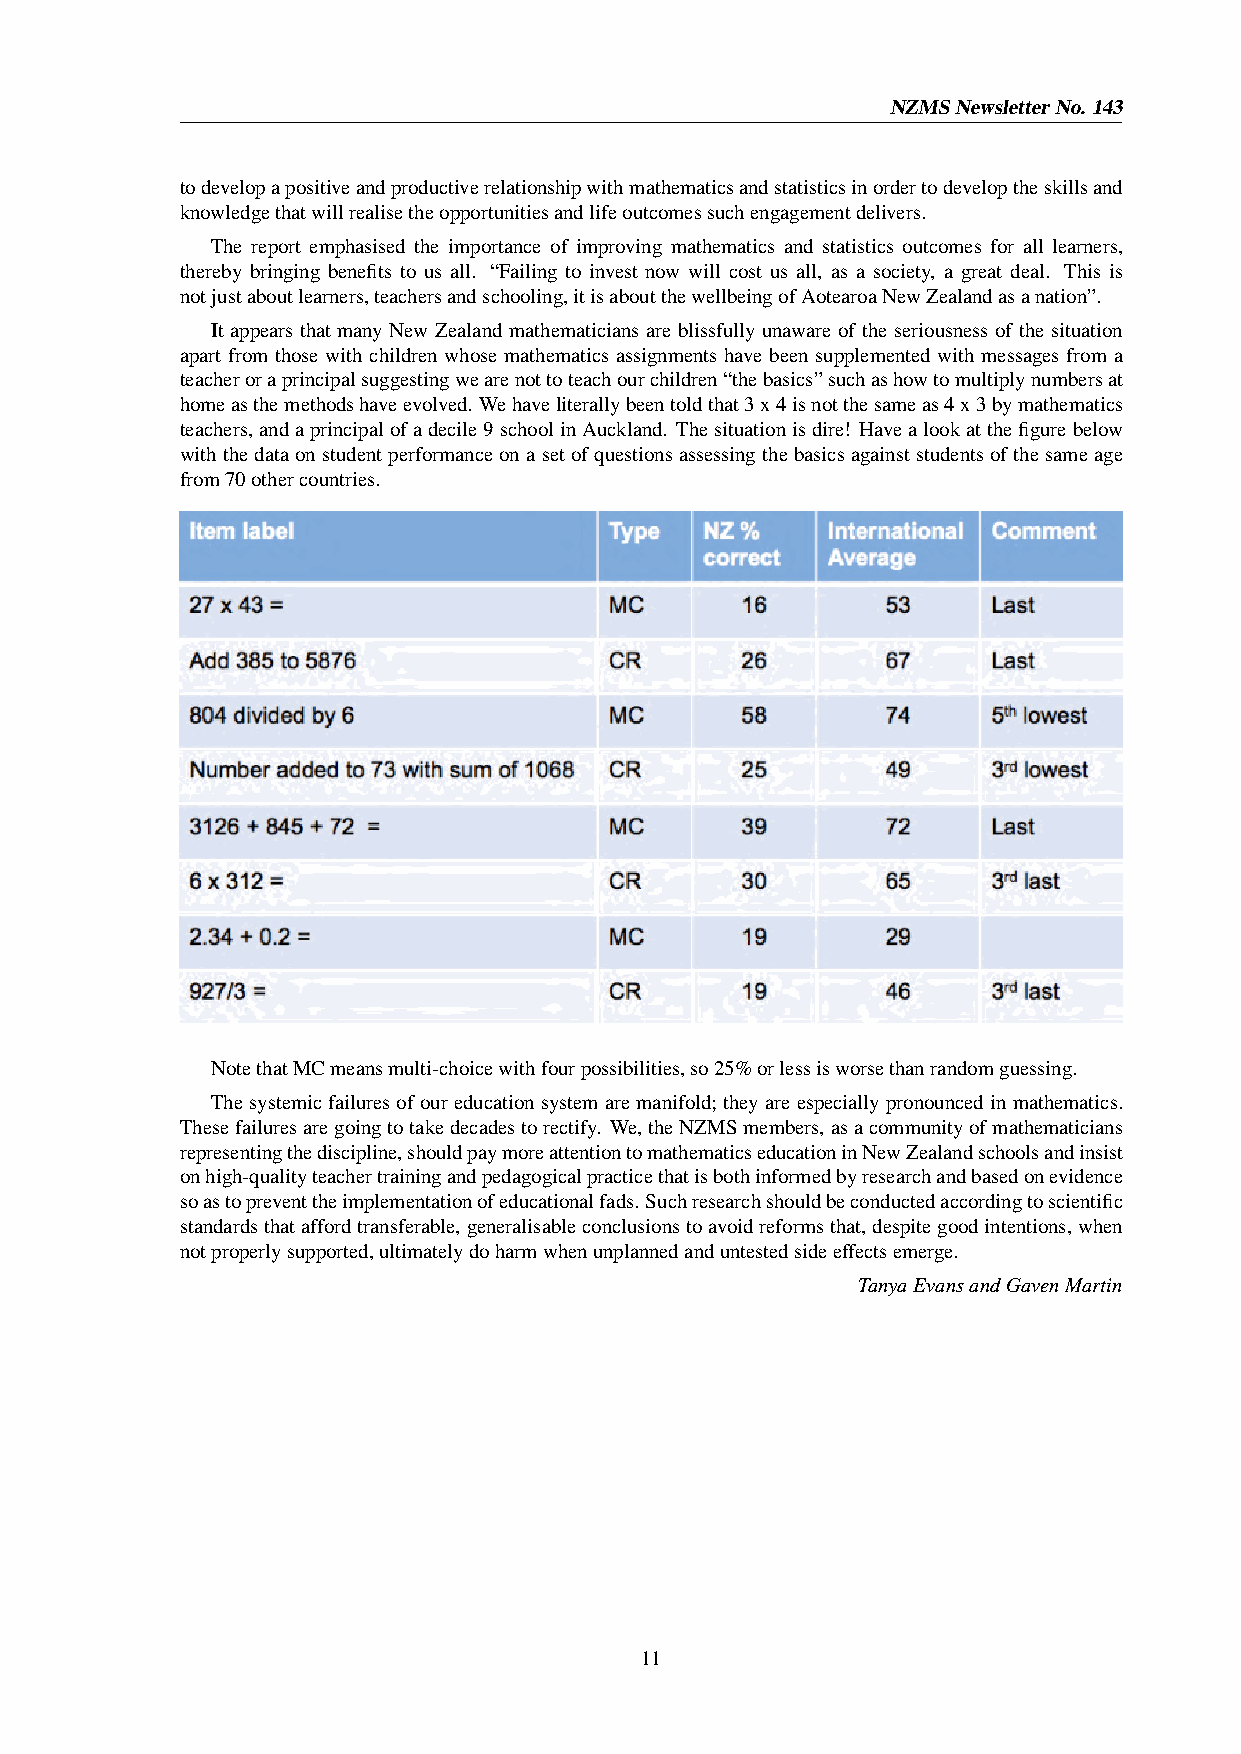
NZMSNewsletterNo. 143
 todevelopapositiveandproductiverelationshipwithmathematicsandstatisticsinordertodeveloptheskillsand
 knowledgethatwillrealisetheopportunitiesandlifeoutcomessuchengagementdelivers.
 The report emphasised the importance of improving mathematics and statistics outcomes for all learners,
 thereby bringing benefits to us all. “Failing to invest now will cost us all, as a society, a great deal. This is
 notjustaboutlearners,teachersandschooling,itisaboutthewellbeingofAotearoaNewZealandasanation”.
 It appears that many New Zealand mathematicians are blissfully unaware of the seriousness of the situation
 apart from those with children whose mathematics assignments have been supplemented with messages from a
 teacheroraprincipalsuggestingwearenottoteachourchildren“thebasics”suchashowtomultiplynumbersat
 homeasthemethodshaveevolved. Wehaveliterallybeentoldthat3x4isnotthesameas4x3bymathematics
 teachers,andaprincipalofadecile9schoolinAuckland. Thesituationisdire! Havealookatthefigurebelow
 withthedataonstudentperformanceonasetofquestionsassessingthebasicsagainststudentsofthesameage
 from70othercountries.
 NotethatMCmeansmulti-choicewithfourpossibilities,so25%orlessisworsethanrandomguessing.
 Thesystemicfailuresofoureducationsystemaremanifold; theyareespeciallypronouncedinmathematics.
 Thesefailuresaregoingtotakedecadestorectify. We,theNZMSmembers,asacommunityofmathematicians
 representingthediscipline,shouldpaymoreattentiontomathematicseducationinNewZealandschoolsandinsist
 onhigh-qualityteachertrainingandpedagogicalpracticethatisbothinformedbyresearchandbasedonevidence
 soastopreventtheimplementationofeducationalfads. Suchresearchshouldbeconductedaccordingtoscientific
 standardsthataffordtransferable,generalisableconclusionstoavoidreformsthat,despitegoodintentions,when
 notproperlysupported,ultimatelydoharmwhenunplannedanduntestedsideeffectsemerge.
 TanyaEvansandGavenMartin
 11